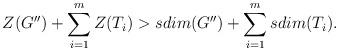
LaTeX: \begin{align*}Z(G'')+\sum_{i=1}^{m}Z(T_i)>sdim(G'')+\sum_{i=1}^{m}sdim(T_i).\end{align*}